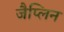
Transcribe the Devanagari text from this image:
जैप्लिन